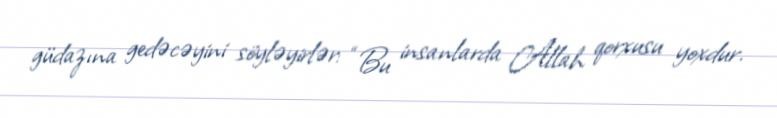
güdazına gedəcəyini söyləyirlər: “Bu insanlarda Allah qorxusu yoxdur.